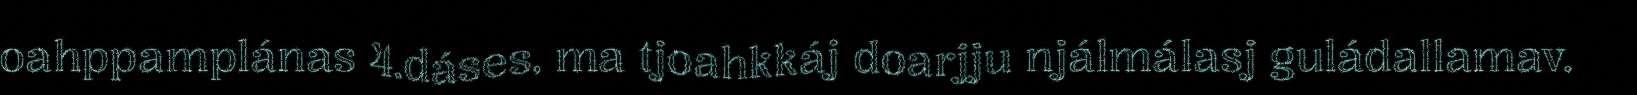
oahppamplánas 4.dáses, ma tjoahkkáj doarjju njálmálasj guládallamav.